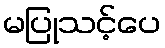
မပြုသင့်ပေ